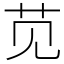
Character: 苋